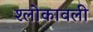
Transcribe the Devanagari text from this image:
श्लोकावली